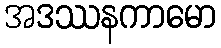
အဒဿနကာမော